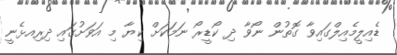
ޑެއިލީމެެއިލްގައިވާ ގޮތުން ނޯވާ ދި ކޯޑީރޯ ނަމަކަށް ކިޔާ މި އަވަށުގައި ދިރިއޅެނީ